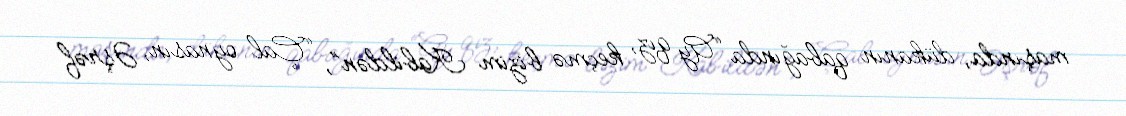
maşında, dükanın qabağında “Ay qız, keçmə bizim Kabildən”, “Çal oynasın, Əşrəf